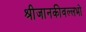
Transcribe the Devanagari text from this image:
श्रीजानकीवल्लभो